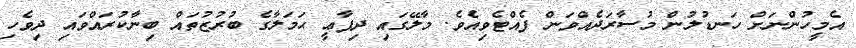
އެމީހުންނަށް ހަނޑުލުން މުސާރަދެއްވަން ފެއްޓެވިއެވެ. މާލޭގައި ދިފާޢީ ޙަމަލާގެ ބުރުޒުތައް ބިނާކުރައްވައި ދިވެހި